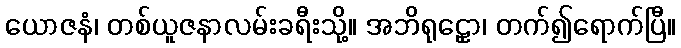
ယောဇနံ၊ တစ်ယူဇနာလမ်းခရီးသို့။ အဘိရုဠှော၊ တက်၍ရောက်ပြီ။